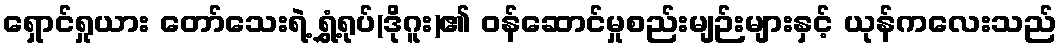
ရှောင်ရှုယား တော်သေးရဲ့ ရွှံ့ရုပ်(ဒိုဂူး)၏ ဝန်ဆောင်မှုစည်းမျဉ်းများနှင့် ယုန်ကလေးသည်